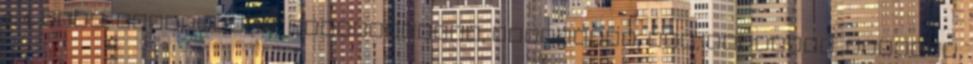
3. 4. rajz, idealizmus, hiszékenység, kedvesség, hit, szeretet, naivság,